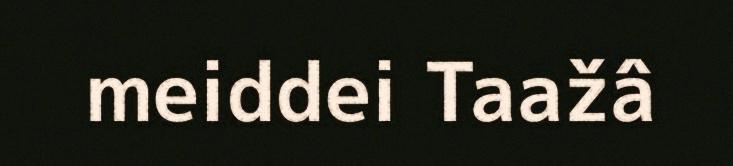
meiddei Taažâ